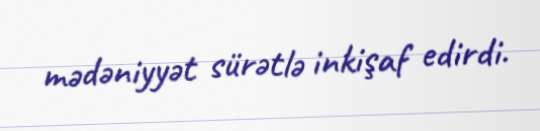
mədəniyyət sürətlə inkişaf edirdi.